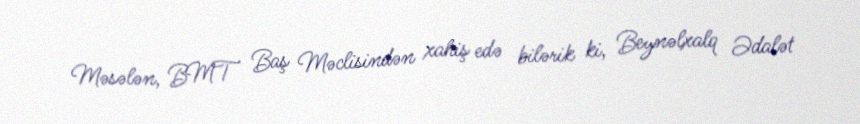
Məsələn, BMT Baş Məclisindən xahiş edə bilərik ki, Beynəlxalq Ədalət